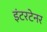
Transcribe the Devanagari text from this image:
इंटरटेनर